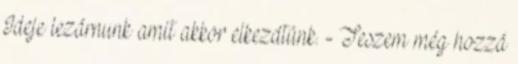
Ideje lezárnunk amit akkor elkezdtünk. - Teszem még hozzá